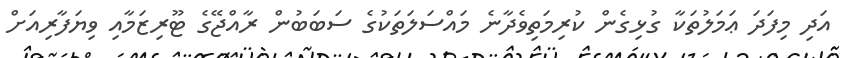
އަދި މިފަދަ ޢަމަލުތަކާ ގުޅިގެން ކުރިމަތިވެދާނެ މައްސަލަތަކުގެ ސަބަބުން ރާއްޖޭގެ ޓޫރިޒަމާއި ވިޔަފާރިއަށް